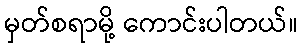
မှတ်စရာမို့ ကောင်းပါတယ်။